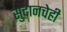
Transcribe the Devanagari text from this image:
सुदानचेही